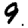
Digit: 9